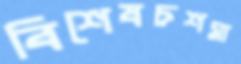
বিশেষচশমা